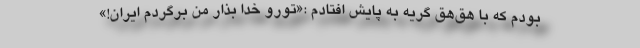
بودم که با هق‌هق گریه به پایش افتادم :«تورو خدا بذار من برگردم ایران!»